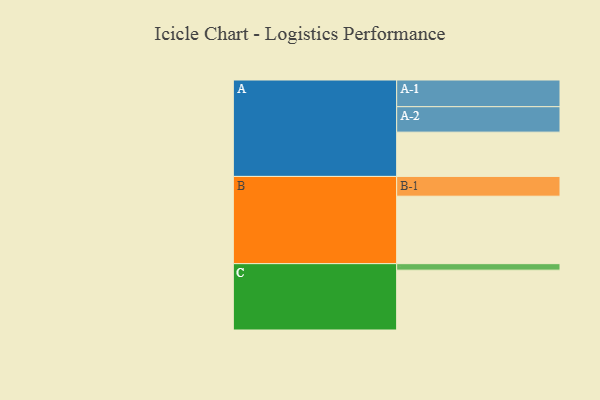
{"axis": {"x": "Segment", "y": "Value"}, "legend": ["", "A", "B", "C"], "data": [{"x": "A", "y": 390, "type": ""}, {"x": "B", "y": 594, "type": ""}, {"x": "C", "y": 527, "type": ""}, {"x": "A-1", "y": 235, "type": "A"}, {"x": "A-2", "y": 224, "type": "A"}, {"x": "B-1", "y": 174, "type": "B"}, {"x": "C-1", "y": 57, "type": "C"}]}